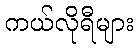
ကယ်လိုရီများ